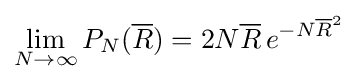
\lim _{N\rightarrow \infty }P_{N}({\overline {R}})=2N{\overline {R}}\,e^{-N{\overline {R}}^{2}}